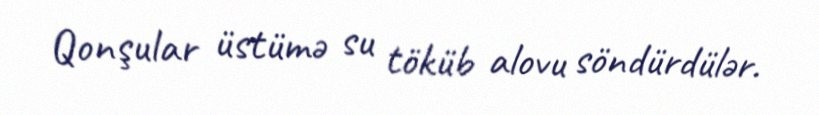
Qonşular üstümə su töküb alovu söndürdülər.